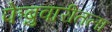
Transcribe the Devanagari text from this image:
फेब्रुवारीतला